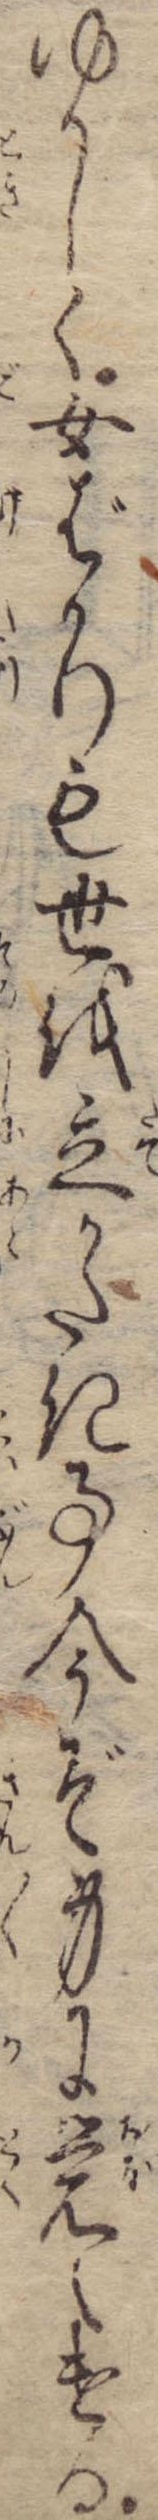
ゆかしく女ばかりも世を立かたき事今ぞ身に覚えける